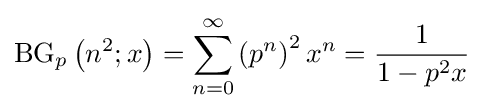
\operatorname {BG} _{p}\left(n^{2};x\right)=\sum _{n=0}^{\infty }\left(p^{n}\right)^{2}x^{n}={\frac {1}{1-p^{2}x}}